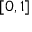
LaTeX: \scriptstyle [ 0 , \, 1 ]